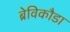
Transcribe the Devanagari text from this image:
ब्रेविकौडा